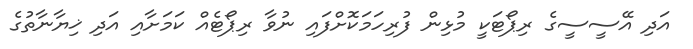
އަދި އޭސީސީގެ ރިޕޯޓަކީ މުޅިން ފުރިހަމަކޮށްފައި ނުވާ ރިޕޯޓެއް ކަމަށާއި އަދި ޚިޔާނާތުގެ